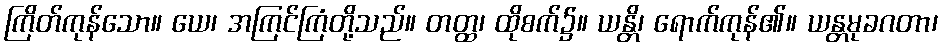
ကြိတ်ကုန်သော။ ယေ၊ အကြင်ကြံတို့သည်။ တတ္ထ၊ ထိုစက်၌။ ယန္တိ၊ ရောက်ကုန်၏။ ယန္တမုခဂတာ၊